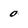
Character: 0